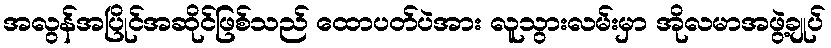
အလွန်အပြိုင်အဆိုင်ဖြစ်သည် ထောပတ်ပဲအား လူသွားလမ်းမှာ အိုလမာအဖွဲ့ချုပ်